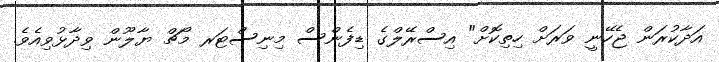
އަދާކުރަން ޖެހޭނީ ވަރަށް ހިތިކޮށް" އިސްރޭލްގެ ޑިފެންސް މިނިސްޓަރ މޯޗް ޔާލޫން ވިދާޅުވިއެވެ.